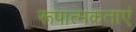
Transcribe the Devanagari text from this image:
रूपात्मकताएं